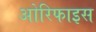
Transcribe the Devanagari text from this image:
ओरिफाइस